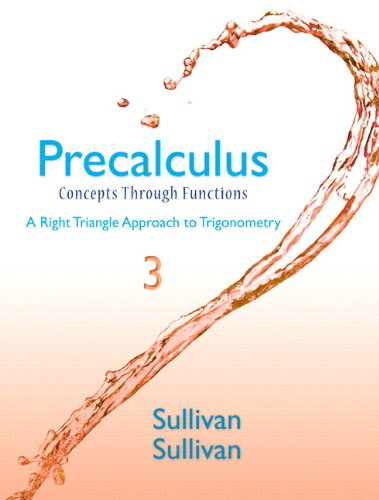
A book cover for Precalculus: Concepts Through Functions, A Right Triangle Approach to Trigonometry (3rd Edition); Michael Sullivan; Science & Math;